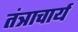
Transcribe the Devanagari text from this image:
तंत्राचार्य